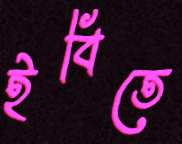
ইবিতে